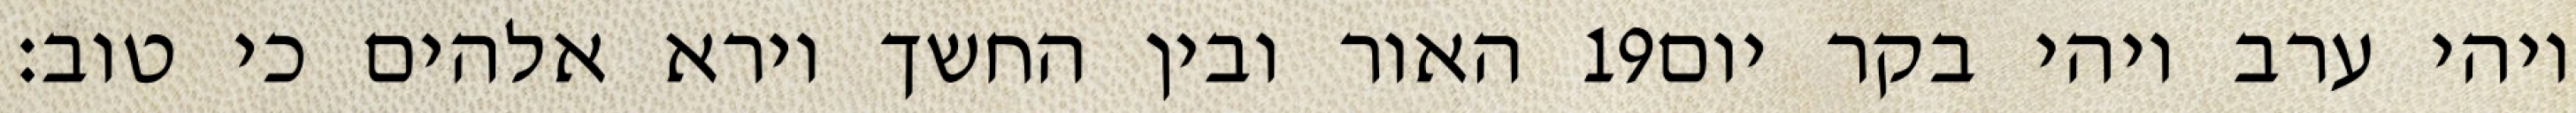
האור ובין החשך וירא אלהים כי טוב׃ ‎19‏ ויהי ערב ויהי בקר יום